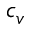
c _ { v }